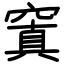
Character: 窴